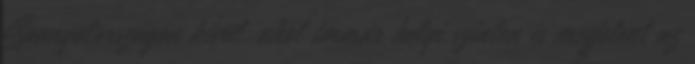
Spanyolországon kívül, ahol immár helyi szinten is megjelent az